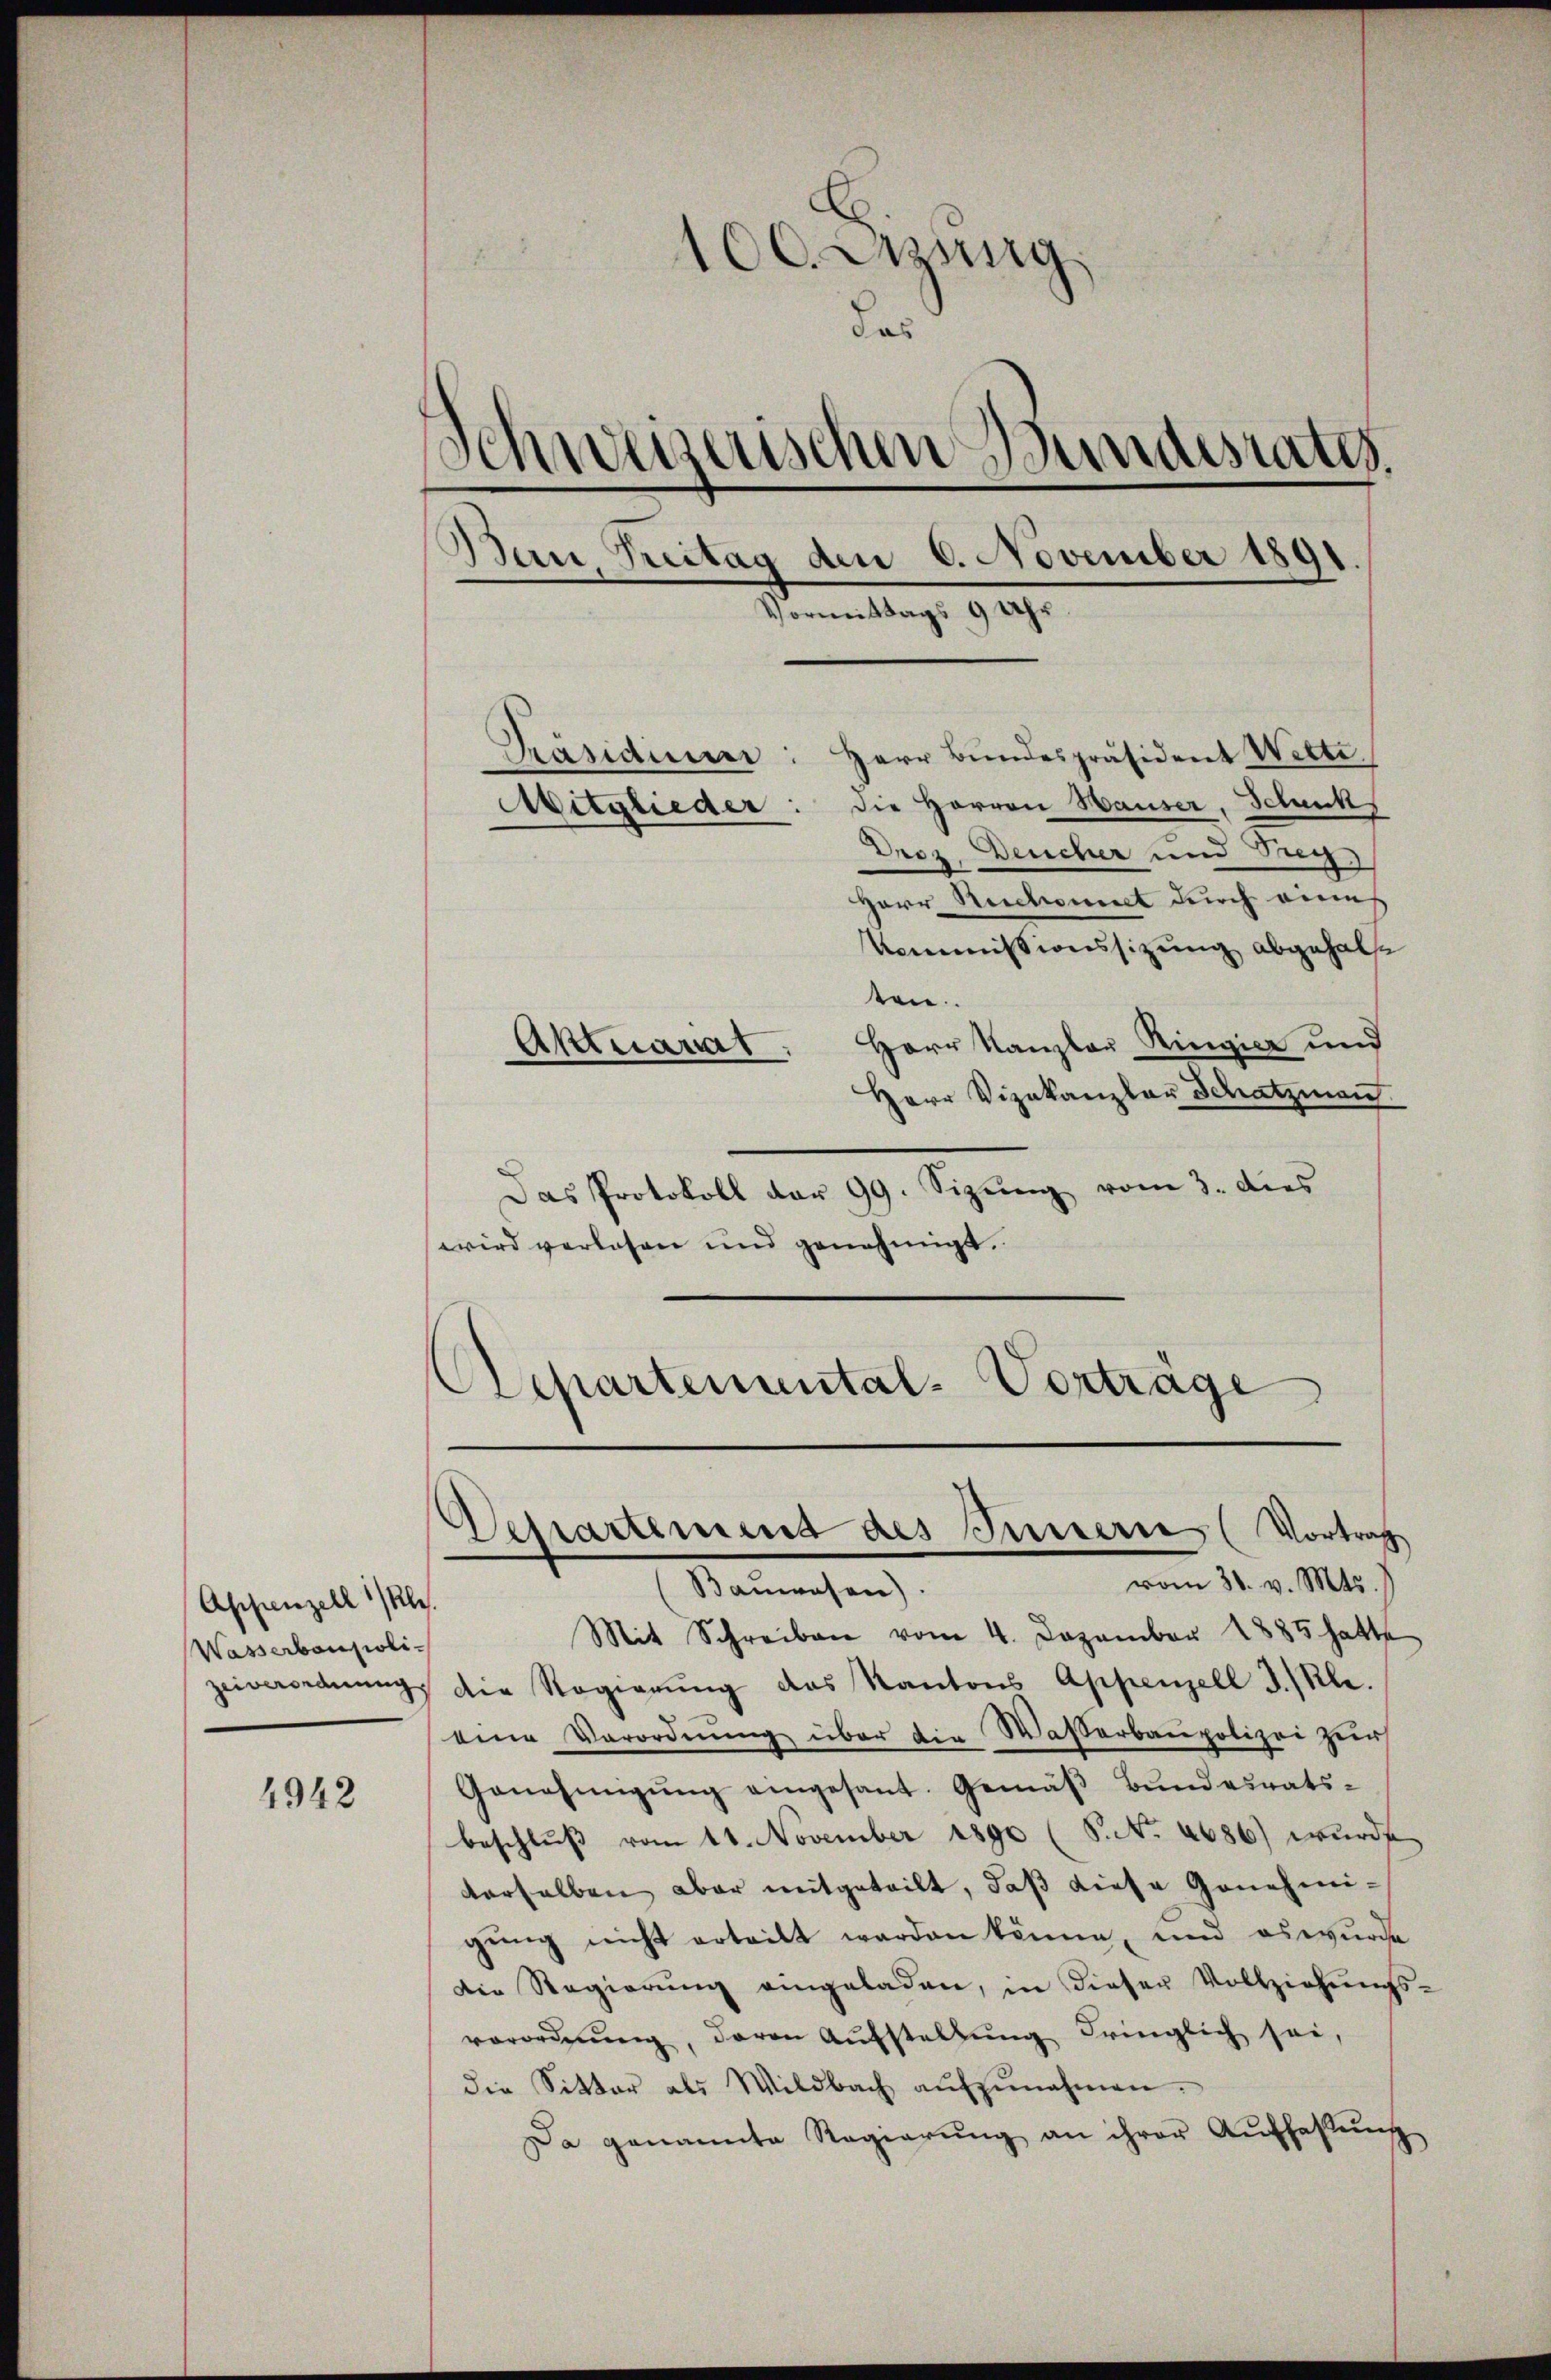
Appenzell 1/Kle.
Wasserbaupoli¬

4942

100. Azung.
Schweizerischen Bundesrates.
Bau, Treitag den 6. November 1891.
Vormittags 9 Uhr

Präsidium: Herr Bundespräsident Wette.
Die Herren Hauser, Schank
Droz. Deucher und Reg.
Herr Ruchomit durch eine
Kommissionssizung abgehalte
ten.
Aktuariat. Herr Kanzler Ringier und
Herr Vizekanzler Schatzmann.
Das Protokoll dar 99. Sizŭng vom 3. dies
wird verlesen und genehmigt.
Aepartemental-Vortrage

Aitglieder

Departement des Innern (Vortrag
vom 30. v. Mts.
Bauwesen).

Mit Schreiben vom 4. Dezember 1885 hatte
zeiverordnŭng die Regierŭng des Kantons Appenzell I. Kle
eine Verordnŭng über die Wasserbaupolizei zu
Genehmigung eingesant. Gemäß Bundesratsbeschlŭβ vom 11. November 1890 (S. No. 4686) wurde
derselben aber mitgeteilt, daß diese Genehmigung nicht erteilt werden könne, und es wurde
die Regierŭng eingeladen, in dieser Vollziehŭngs-
verordnŭng, davon Aŭfstellŭng dringlich sei,
die Sitter als Wildbach aŭfzŭnahmen.
Da genannte Regierŭng an ihrer Aŭfhaltŭng